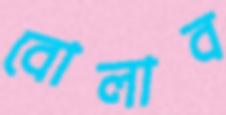
বোলাব